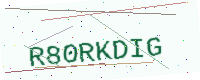
Text: R80RKDIG